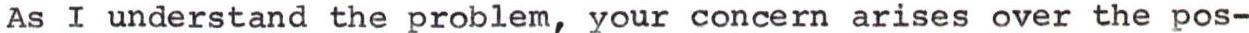
As I understand the problem, your concern arises over the pos-